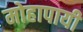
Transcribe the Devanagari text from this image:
मोहापायी